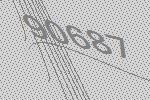
90687